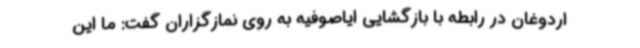
اردوغان در رابطه با بازگشایی ایاصوفیه به روی نمازگزاران گفت: ما این